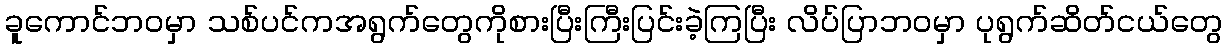
ခူကောင်ဘဝမှာ သစ်ပင်ကအရွက်တွေကိုစားပြီးကြီးပြင်းခဲ့ကြပြီး လိပ်ပြာဘဝမှာ ပုရွက်ဆိတ်ငယ်တွေ